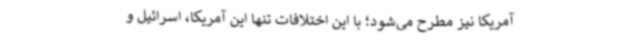
آمریکا نیز مطرح می‌شود؛ با این اختلافات تنها این آمریکا، اسرائیل و